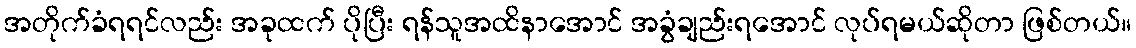
အတိုက်ခံရရင်လည်း အခုထက် ပိုပြီး ရန်သူအထိနာအောင် အခွံချည်းရအောင် လုပ်ရမယ်ဆိုတာ ဖြစ်တယ်။